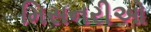
મિસનરીઓ